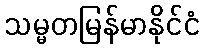
သမ္မတမြန်မာနိုင်ငံ